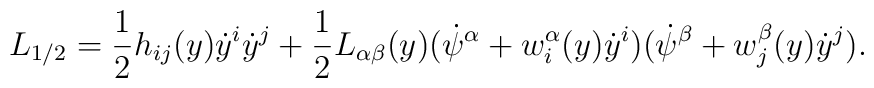
L_{1/2} = \frac{1}{2} h_{ij}(y) \dot{y}^i \dot{y}^j + \frac{1}{2} L_{\alpha\beta}(y) (\dot{\psi}^\alpha + w^\alpha_i(y)\dot{y}^i) (\dot{\psi}^\beta + w^\beta_j(y)\dot{y}^j).